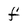
Character: f